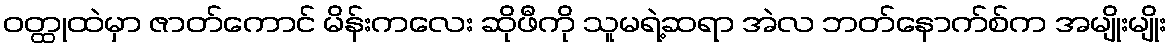
ဝတ္ထုထဲမှာ ဇာတ်ကောင် မိန်းကလေး ဆိုဖီကို သူမရဲ့ဆရာ အဲလ ဘတ်နောက်စ်က အမျိုးမျိုး